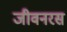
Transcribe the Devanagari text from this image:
जीवनरस